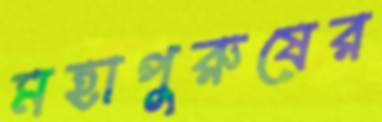
মহাপুরুষের